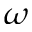
\omega